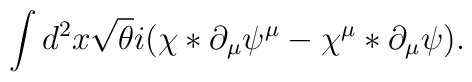
\int d^2x  \sqrt{\theta}i(\chi\ast\partial_{\mu}\psi^{\mu}  -\chi^{\mu}\ast\partial_{\mu}\psi) .